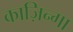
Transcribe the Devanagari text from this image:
काज़िन्गा